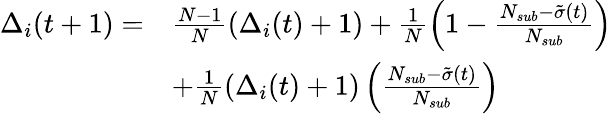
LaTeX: \begin{array}{rl}{\Delta_{i}(t+1)=}&{\frac{N-1}{N}\left(\Delta_{i}(t)+1\right)+\frac{1}{N}\left(1-\frac{N_{sub}-\tilde{\sigma}(t)}{N_{sub}}\right)}\\ &{+\frac{1}{N}\left(\Delta_{i}(t)+1\right)\left(\frac{N_{sub}-\tilde{\sigma}(t)}{N_{sub}}\right)}\end{array}